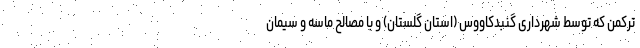
ترکمن که توسط شهرداری گنبدکاووس (استان گلستان) و با مصالح ماسه و سیمان